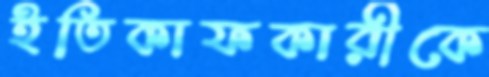
ইতিকাফকারীকে